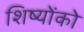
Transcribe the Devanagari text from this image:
शिष्योंको